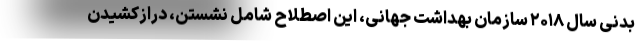
بدنی سال ۲۰۱۸ سازمان بهداشت جهانی، این اصطلاح شامل نشستن، درازکشیدن